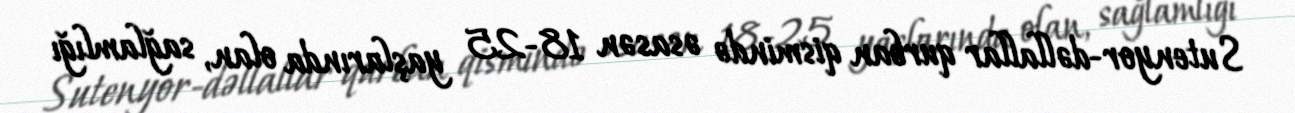
Sutenyor-dəllallar qurban qismində əsasən 18-25 yaşlarında olan, sağlamlığı